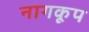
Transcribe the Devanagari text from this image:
नागकूप